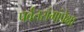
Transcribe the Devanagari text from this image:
पर्वतरांगांपेक्षा